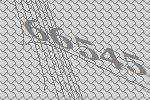
66545